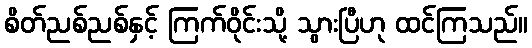
စိတ်ညစ်ညစ်နှင့် ကြက်ဝိုင်းသို့ သွားပြီဟု ထင်ကြသည်။